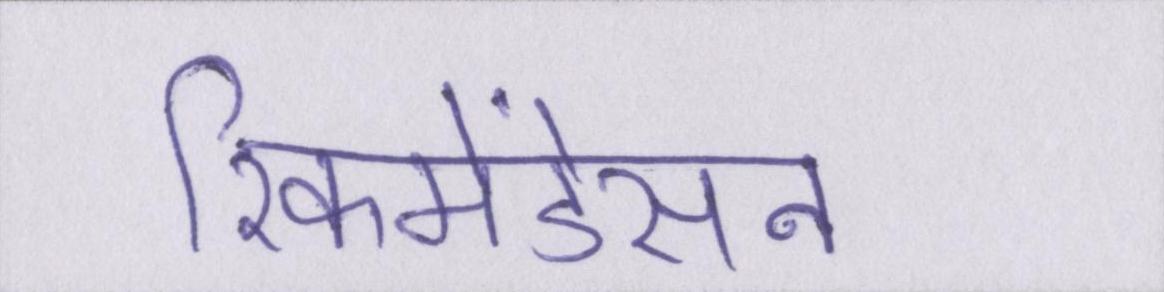
रिकमेंडेसन